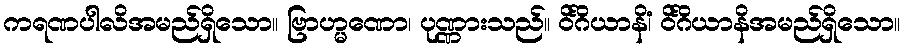
ကရဏပါလိအမည်ရှိသော။ ဗြာဟ္မဏော၊ ပုဏ္ဏားသည်။ ဝိင်္ဂိယာနိံ၊ ဝိင်္ဂိယာနိအမည်ရှိသော။